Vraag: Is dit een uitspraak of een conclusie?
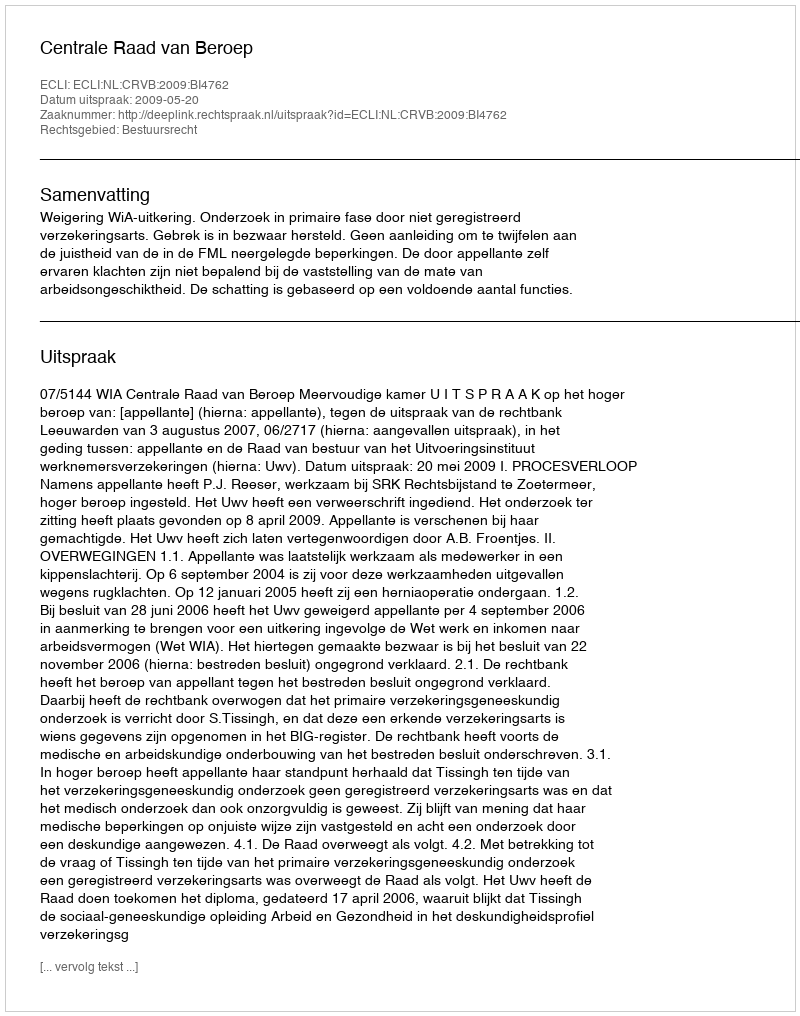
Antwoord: Uitspraak